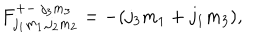
LaTeX: F _ { j _ { 1 } m _ { 1 } , j _ { 2 } m _ { 2 } } ^ { + - ~ j _ { 3 } m _ { 3 } } = - ( j _ { 3 } m _ { 1 } + j _ { 1 } m _ { 3 } ) ,